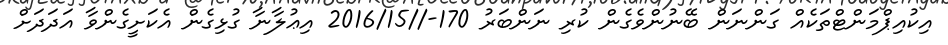
އިކުއިޕްމަންޓްތަކެއް ގަންނަން ބޭނުންވެގެން ކުރި ނަންބަރު 170-//2016/15 އިޢުލާނާ ގުޅިގެން އެކަށީގެންވާ އަދަދަށް